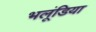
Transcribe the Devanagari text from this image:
भलूंडिया